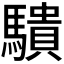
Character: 𬳱